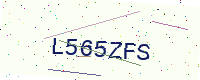
Text: L565ZFS